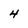
Character: 4